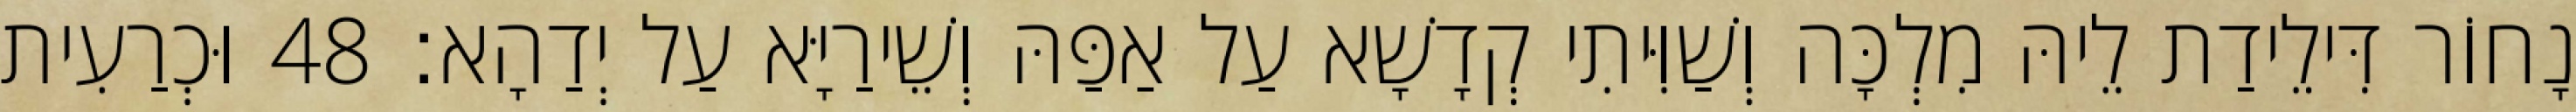
נָחוֹר דִּילֵידַת לֵיהּ מִלְכָּה וְשַׁוִּיתִי קְדָשָׁא עַל אַפַּהּ וְשֵׁירַיָּא עַל יְדַהָא׃ 48 וּכְרַעִית